Scottish Leaving Certificate Examination, 1953
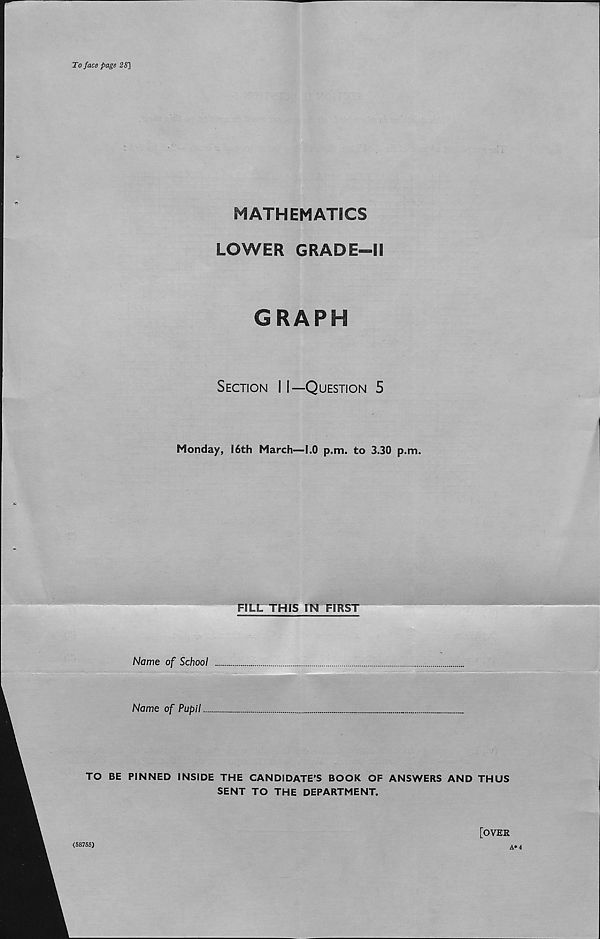
To face page 25]
MATHEMATICS
LOWER GRADE—II
GRAPH
Section 11—Question 5
Monday, 16th March—1.0 p.m. to 3.30 p.m.
FILL THIS IN FIRST
Name of School
Name of Pupil
TO BE PINNED INSIDE THE CANDIDATE’S BOOK OF ANSWERS AND THUS
SENT TO THE DEPARTMENT.
[OVER
(58755)
A* 4